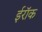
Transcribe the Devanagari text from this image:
ईरॉक